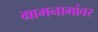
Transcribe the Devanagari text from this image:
ग्रामनामांवर